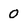
Character: o